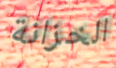
الخزانة